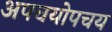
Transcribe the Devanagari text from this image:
अपचयोपचय